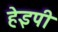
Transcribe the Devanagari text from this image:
हेइपी